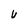
Character: U